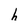
Character: h